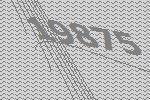
19875